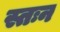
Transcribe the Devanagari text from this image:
स्तःन